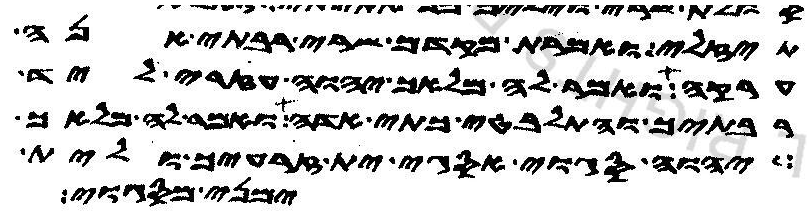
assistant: תיזלי ואמרת מקדם שרי רבתי אנה
ערקה ואמר לה מלאך יהוה עזרי ליד
רבתיך והתלבטי כתי אדה ואמר לה מלאך
יהוה סגוי אסגי ית זרעיך ולית
ימני מסגוי